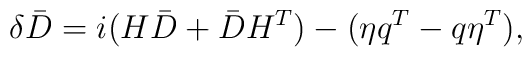
\delta \bar{D} = i (H \bar{D} + \bar{D} H^{T}) - (\eta q^{T} - q \eta^{T}) ,